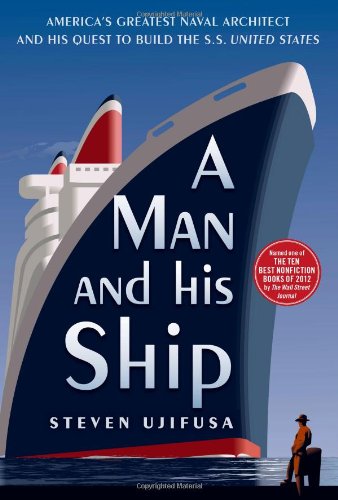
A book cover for A Man and His Ship: America's Greatest Naval Architect and His Quest to Build the S.S. United States; Steven Ujifusa; Engineering & Transportation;